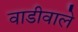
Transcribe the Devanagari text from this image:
वाडीवाले